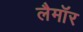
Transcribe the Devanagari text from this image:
लैमॉर